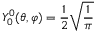
Y _ { 0 } ^ { 0 } ( \theta , \varphi ) = { \frac { 1 } { 2 } } { \sqrt { \frac { 1 } { \pi } } }